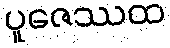
ပူဇေဿထ